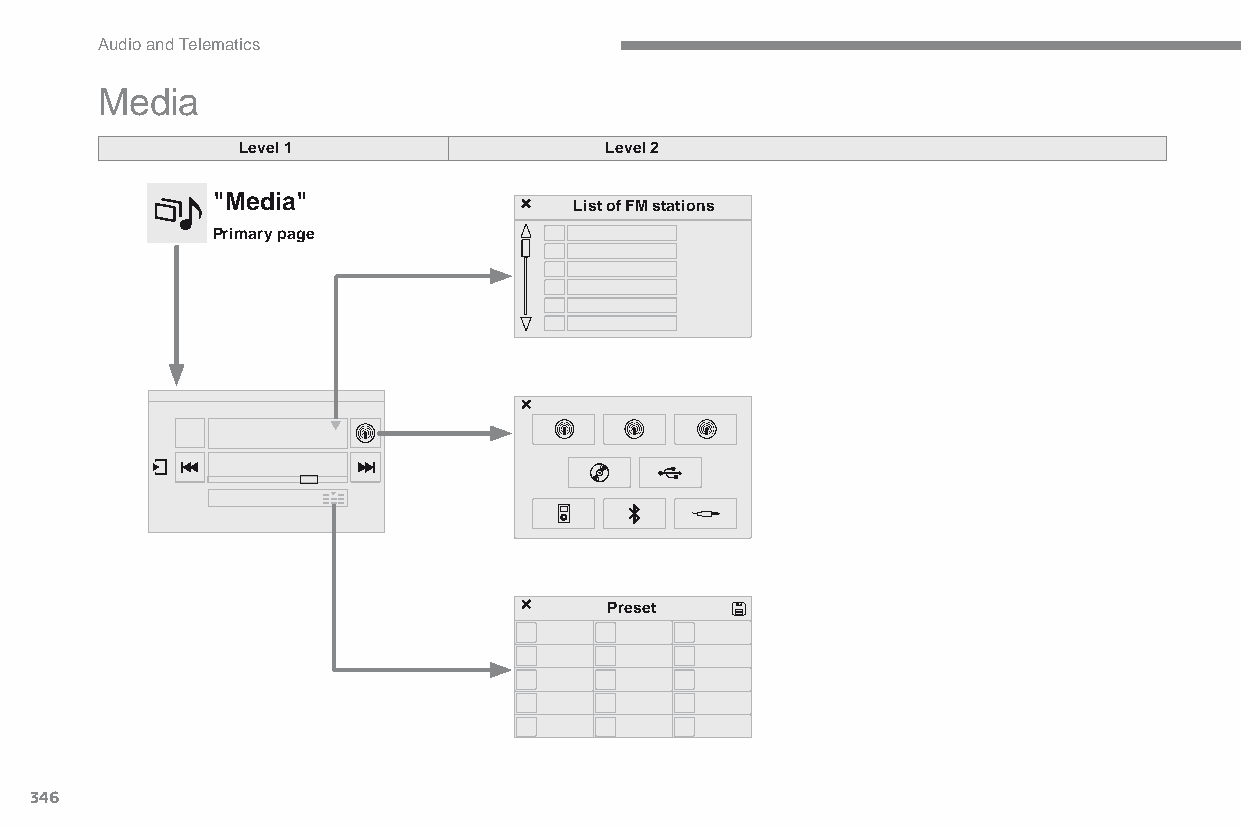
Audio and Telematics
 Media
 Level 1                 Level 2
 "Media"
 List of FM stations
 Primary page
 Preset
 346
 C4-Picasso-II_en_Chap10b_SMEGplus_ed01-2015